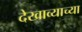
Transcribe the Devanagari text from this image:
देखाव्याच्या